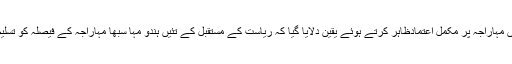
قرار داد میں مہاراجہ پر مکمل اعتمادظاہر کرتے ہوئے یقین دلایا گیا کہ ریاست کے مستقبل کے تئیں ہندو مہا سبھا مہاراجہ کے فیصلہ کو تسلیم کرے گی۔